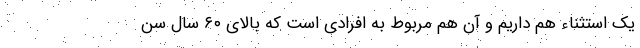
یک استثناء هم داریم و آن هم مربوط به افرادی است که بالای ۶۰ سال سن